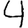
Digit: 4